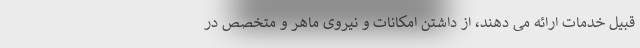
قبیل خدمات ارائه می دهند، از داشتن امکانات و نیروی ماهر و متخصص در